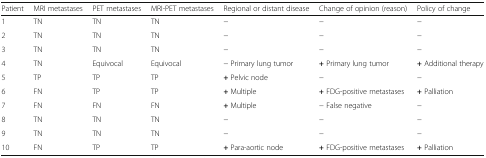
| Patient | MRI metastases | PET metastases | MRI-PET metastases | Regional or distant disease | Change of opinion (reason) | Policy of change |
 | --- | --- | --- | --- | --- | --- | --- |
 | 1 | TN | TN | TN | − | − | − |
 | 2 | TN | TN | TN | − | − | − |
 | 3 | TN | TN | TN | − | − | − |
 | 4 | TN | Equivocal | Equivocal | − Primary lung tumor | + Primary lung tumor | + Additional therapy |
 | 5 | TP | TP | TP | + Pelvic node | − | − |
 | 6 | FN | TP | TP | + Multiple | + FDG-positive metastases | + Palliation |
 | 7 | FN | FN | FN | + Multiple | − False negative | − |
 | 8 | TN | TN | TN | − | − | − |
 | 9 | TN | TN | TN | − | − | − |
 | 10 | FN | TP | TP | + Para-aortic node | + FDG-positive metastases | + Palliation |